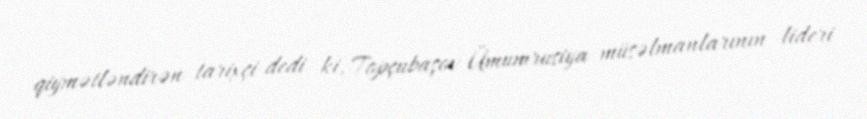
qiymətləndirən tarixçi dedi ki, Topçubaşov Ümumrusiya müsəlmanlarının lideri